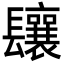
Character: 𨳃